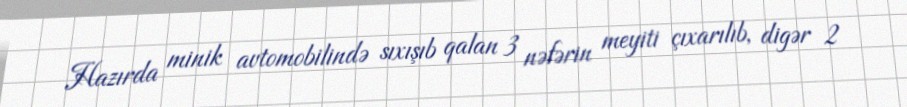
Hazırda minik avtomobilində sıxışıb qalan 3 nəfərin meyiti çıxarılıb, digər 2